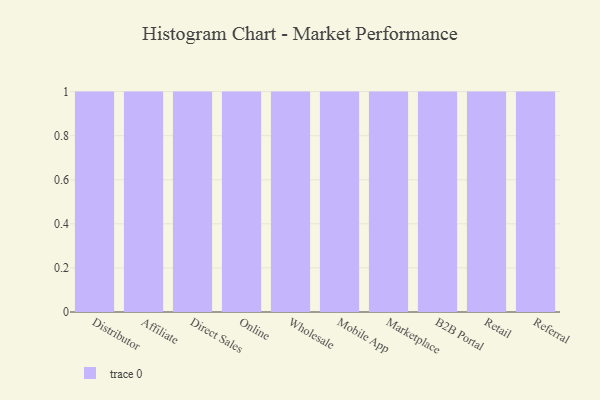
{"axis": {"x": "Channel", "y": "Production Output"}, "legend": [""], "data": [{"x": "Distributor", "y": 4, "type": ""}, {"x": "Affiliate", "y": 4, "type": ""}, {"x": "Direct Sales", "y": 43, "type": ""}, {"x": "Online", "y": 94, "type": ""}, {"x": "Wholesale", "y": 68, "type": ""}, {"x": "Mobile App", "y": 44, "type": ""}, {"x": "Marketplace", "y": 18, "type": ""}, {"x": "B2B Portal", "y": 31, "type": ""}, {"x": "Retail", "y": 71, "type": ""}, {"x": "Referral", "y": 5, "type": ""}]}